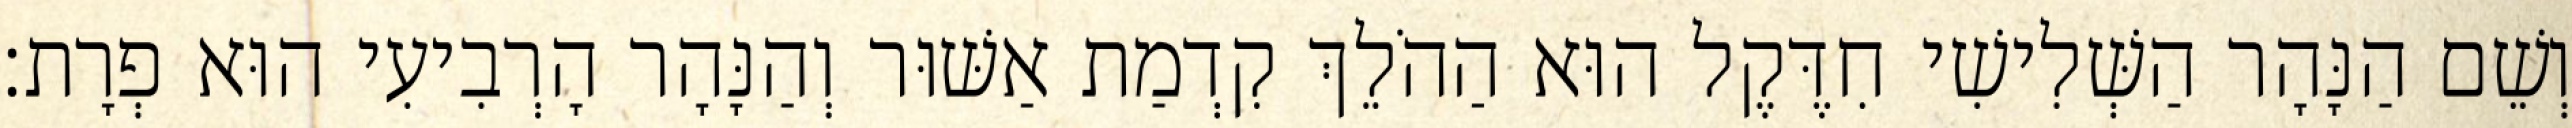
וְשֵׁם הַנָּהָר הַשְּׁלִישִׁי חִדֶּקֶל הוּא הַהֹלֵךְ קִדְמַת אַשּׁוּר וְהַנָּהָר הָרְבִיעִי הוּא פְרָת׃